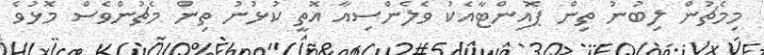
މިމެޗުން ލިބުނު ތިން ޕޮއިންޓާއެކު ވެލެންސިއާ އޮތީ ކުޅުނު ތިން މެޗުންވެސް މޮޅުވެ